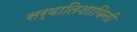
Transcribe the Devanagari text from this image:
सर्वातिशायिनी